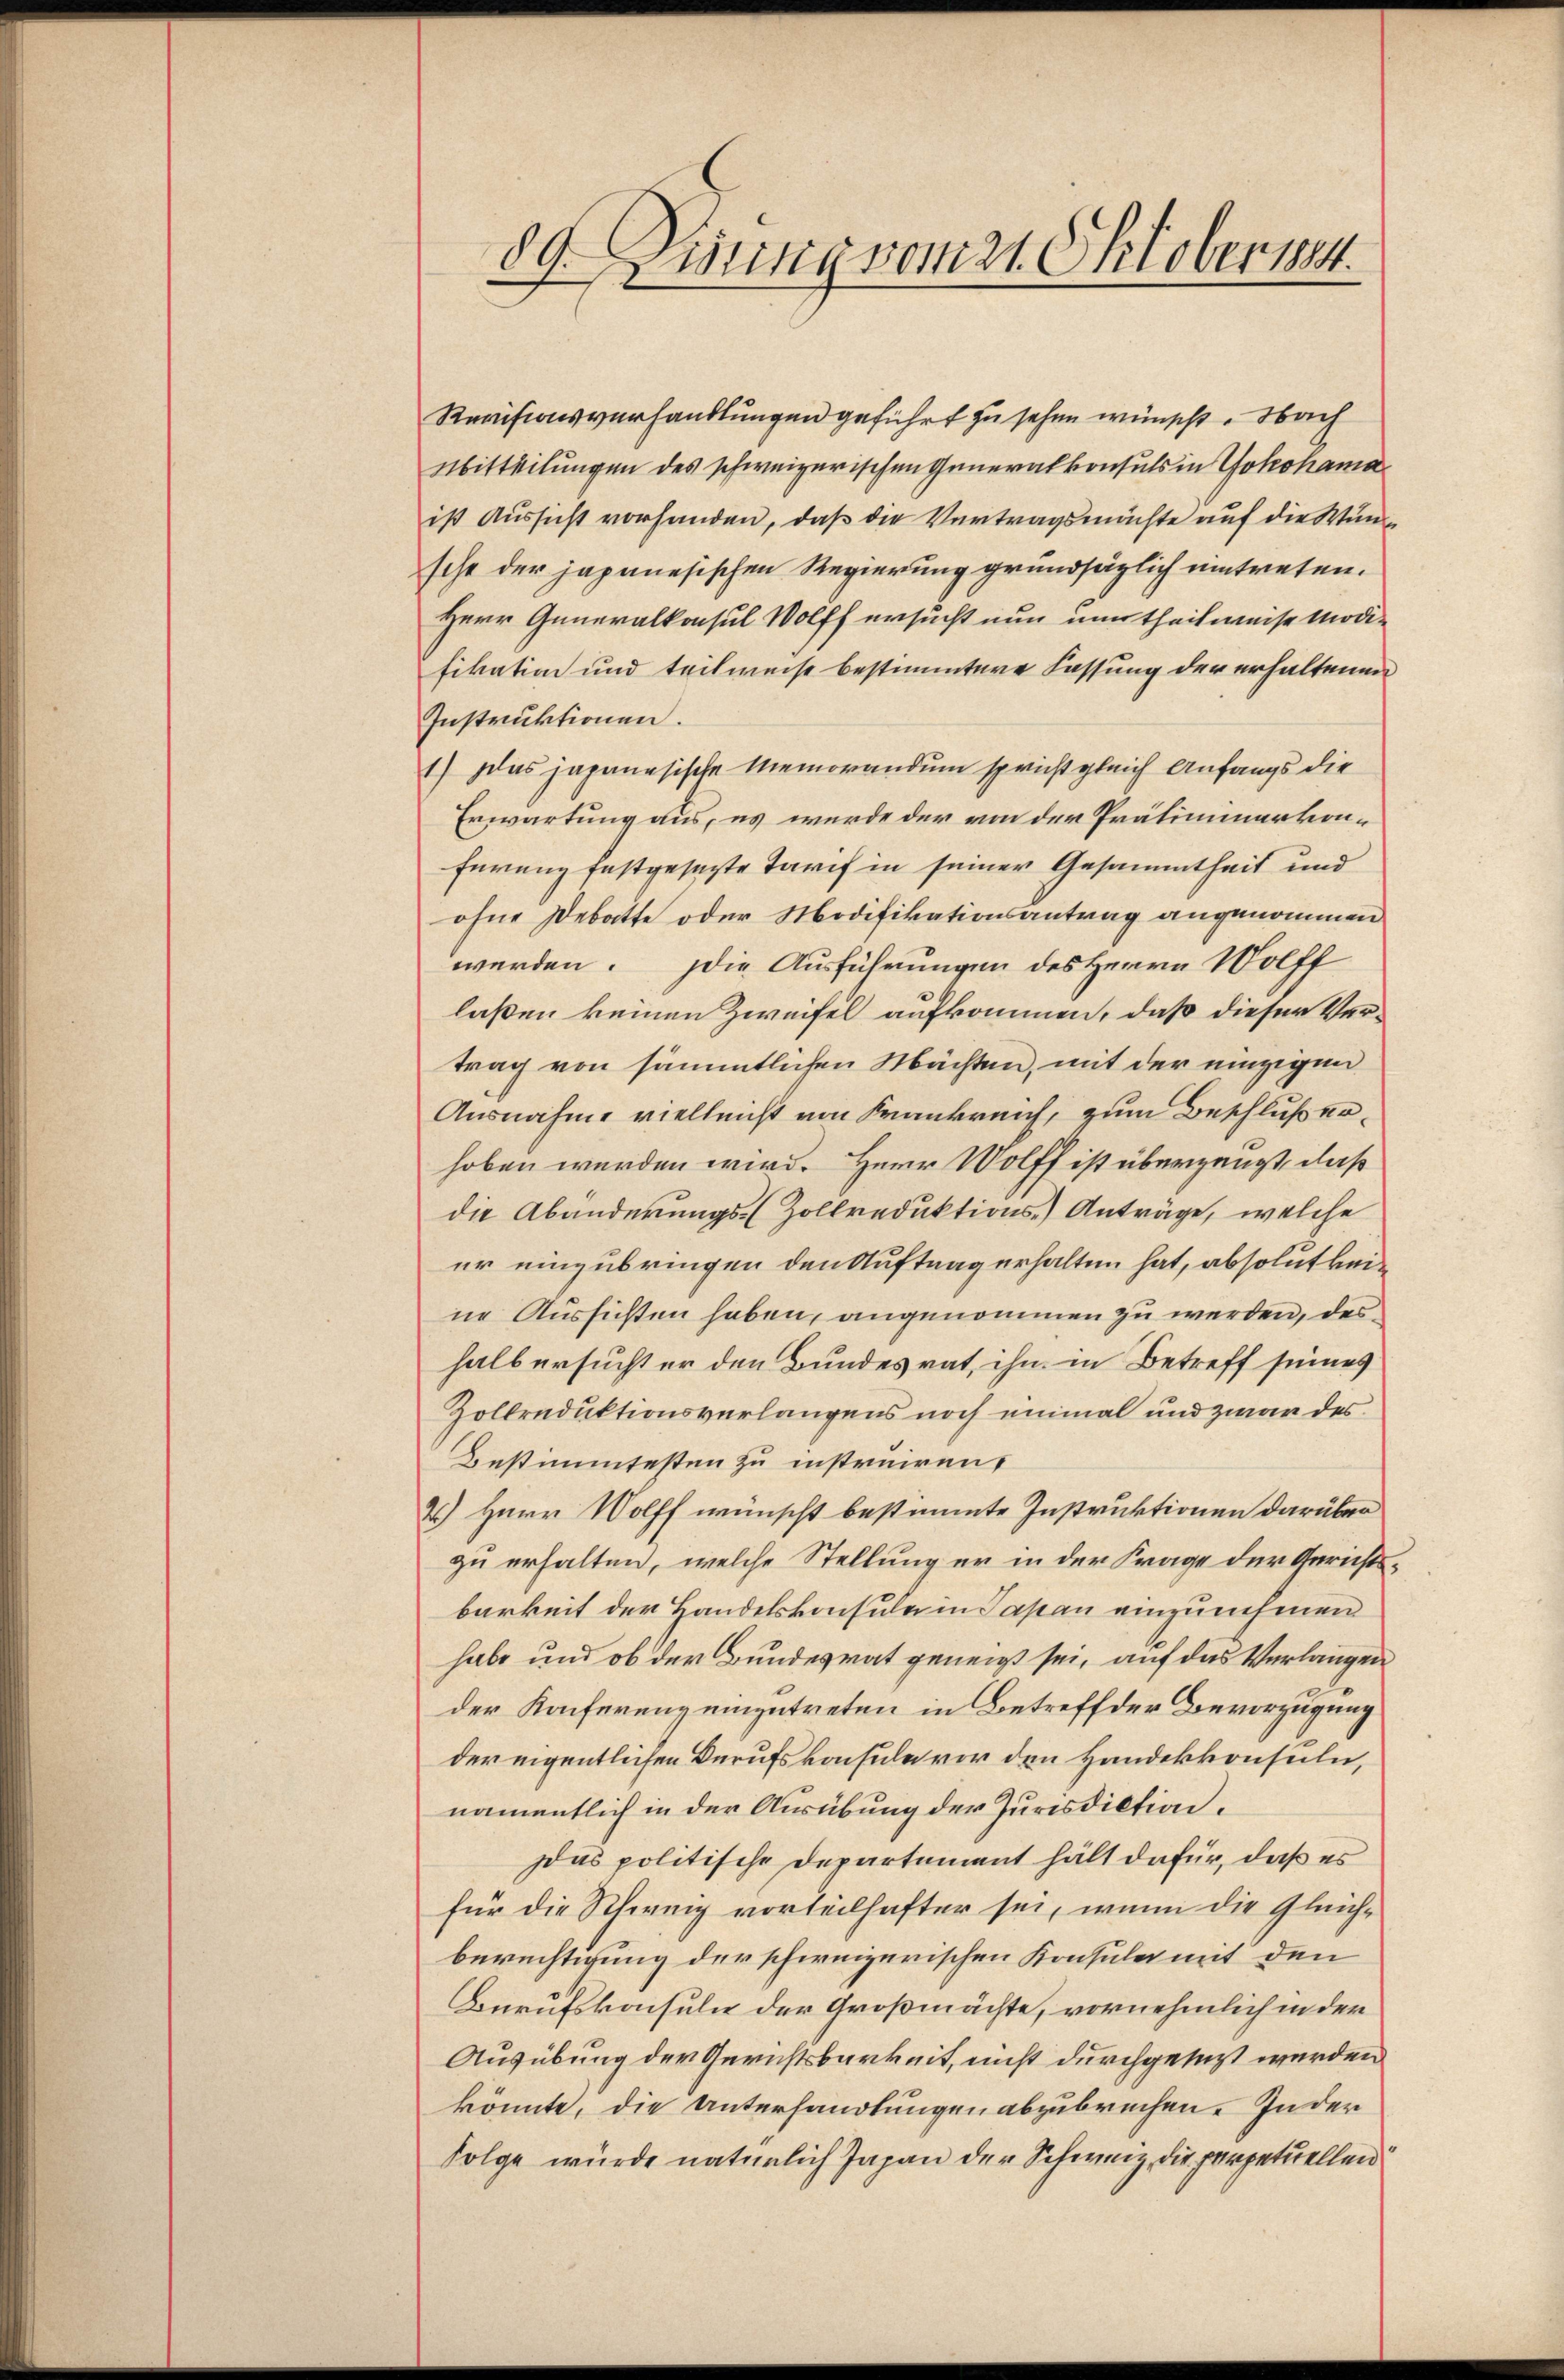
89. Dirung vom 21. Oktober 1894.
.

Revisionsverhandlungen geführt zu sehen wünscht. Nach
Mitteilungen des schweizerischen Generalkonsuls in Yokohama
ist Aussicht vorhanden, daß die Vertragsmächte auf die Wunde
sche der japanesischen Regierung grundsätzlich eintreten.
Herr Generalkonsul Wolff ersucht nun um theilweise Modifikation und teilweise bestimmtere Fassung der erhaltenen
Instruktionen.
1) Das japanesische Memorandum spricht gleich Anfangs die
Erwartung aus, es wurde der von der Präliminarkon¬
Furenz festgesezte Tarif in seiner Gesammtheit und
ohne Debatte oder Modifikationsantrag angenommen
werden. Die Ausführungen des Herrn Wolff
laßen keinen Zweifel aufkommen, daß dieser Vertrag von sämmtlichen Machten, mit der einzigen
Ausnahme vielleicht von Krankreich, zum Beschluß erhoben werden wird. Herr Wolff ist überzeugt, daß
die Abänderungs-Zollreduktions-Anträge, welche
er einzubringen den Auftrag erhalten hat, absolut keine Aussichten haben, angenommen zu werden, des
halb ersucht er den Bundesrat, ihn in Betreff seines
Zoltreduktionsverlangens noch einmal und zwar des
Bestimmtesten zu instruiren,
2.) Herr Wolff wünscht bestimmte Instruktionen darüber
zu erhalten, welche Stellung er in der Frage der Gerichts-
barkeit der Handelskonsuler in Papan einzunehmen
habe und ob der Bundesrat geneigt sei, auf das Verlangen
der Konferenz einzutreten in Betreff der Bevorzugung
der eigentlichen Berufskonsule vor den Handekkonsuln,
namentlich in der Ausübung der Jurisdiction.
Das politische Departement hält dafür, daß es
für die Schweig vorteilhafter sei, wenn die Gleichberechtigung der schweizerischen Konsular mit den
Bürufskonsuln der Großmächte, vornehmlich in der
Ausübung der Gerichtsbarkeit, nicht durchgesezt werden
könnte, die Unterhandlungen abzubrechen. In der
Folge wurde natürlich Japan der Schweiz, die perpetuellen